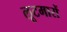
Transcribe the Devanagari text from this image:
लूटमारों